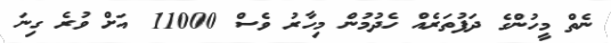
ނެތް މީހުންގެ ދަފުތަރެއް ހެދުމުން މިހާރު ވެސް 11000 އަށް ވުރެ ގިނަ